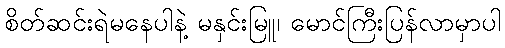
စိတ်ဆင်းရဲမနေပါနဲ့ မနှင်းမြူ၊ မောင်ကြီးပြန်လာမှာပါ